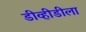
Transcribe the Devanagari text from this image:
डीव्हीडीला